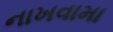
નાખવામા